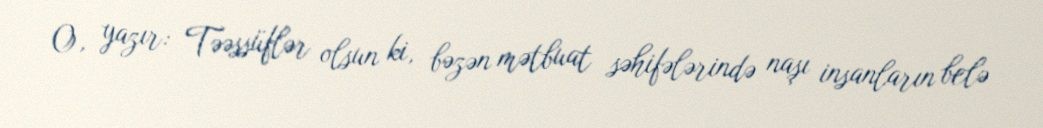
O, yazır: Təəssüflər olsun ki, bəzən mətbuat səhifələrində naşı insanların belə